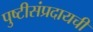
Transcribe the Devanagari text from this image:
पुष्टीसंप्रदायची